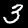
Digit: 3